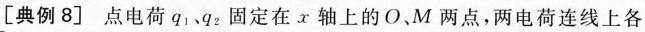
[典例8] 点电荷q_{1}、q_{2}固定在x轴上的O、M两点，两电荷连线上各